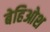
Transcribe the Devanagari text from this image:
बेहिओश